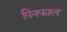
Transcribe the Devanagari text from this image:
पिनफाल